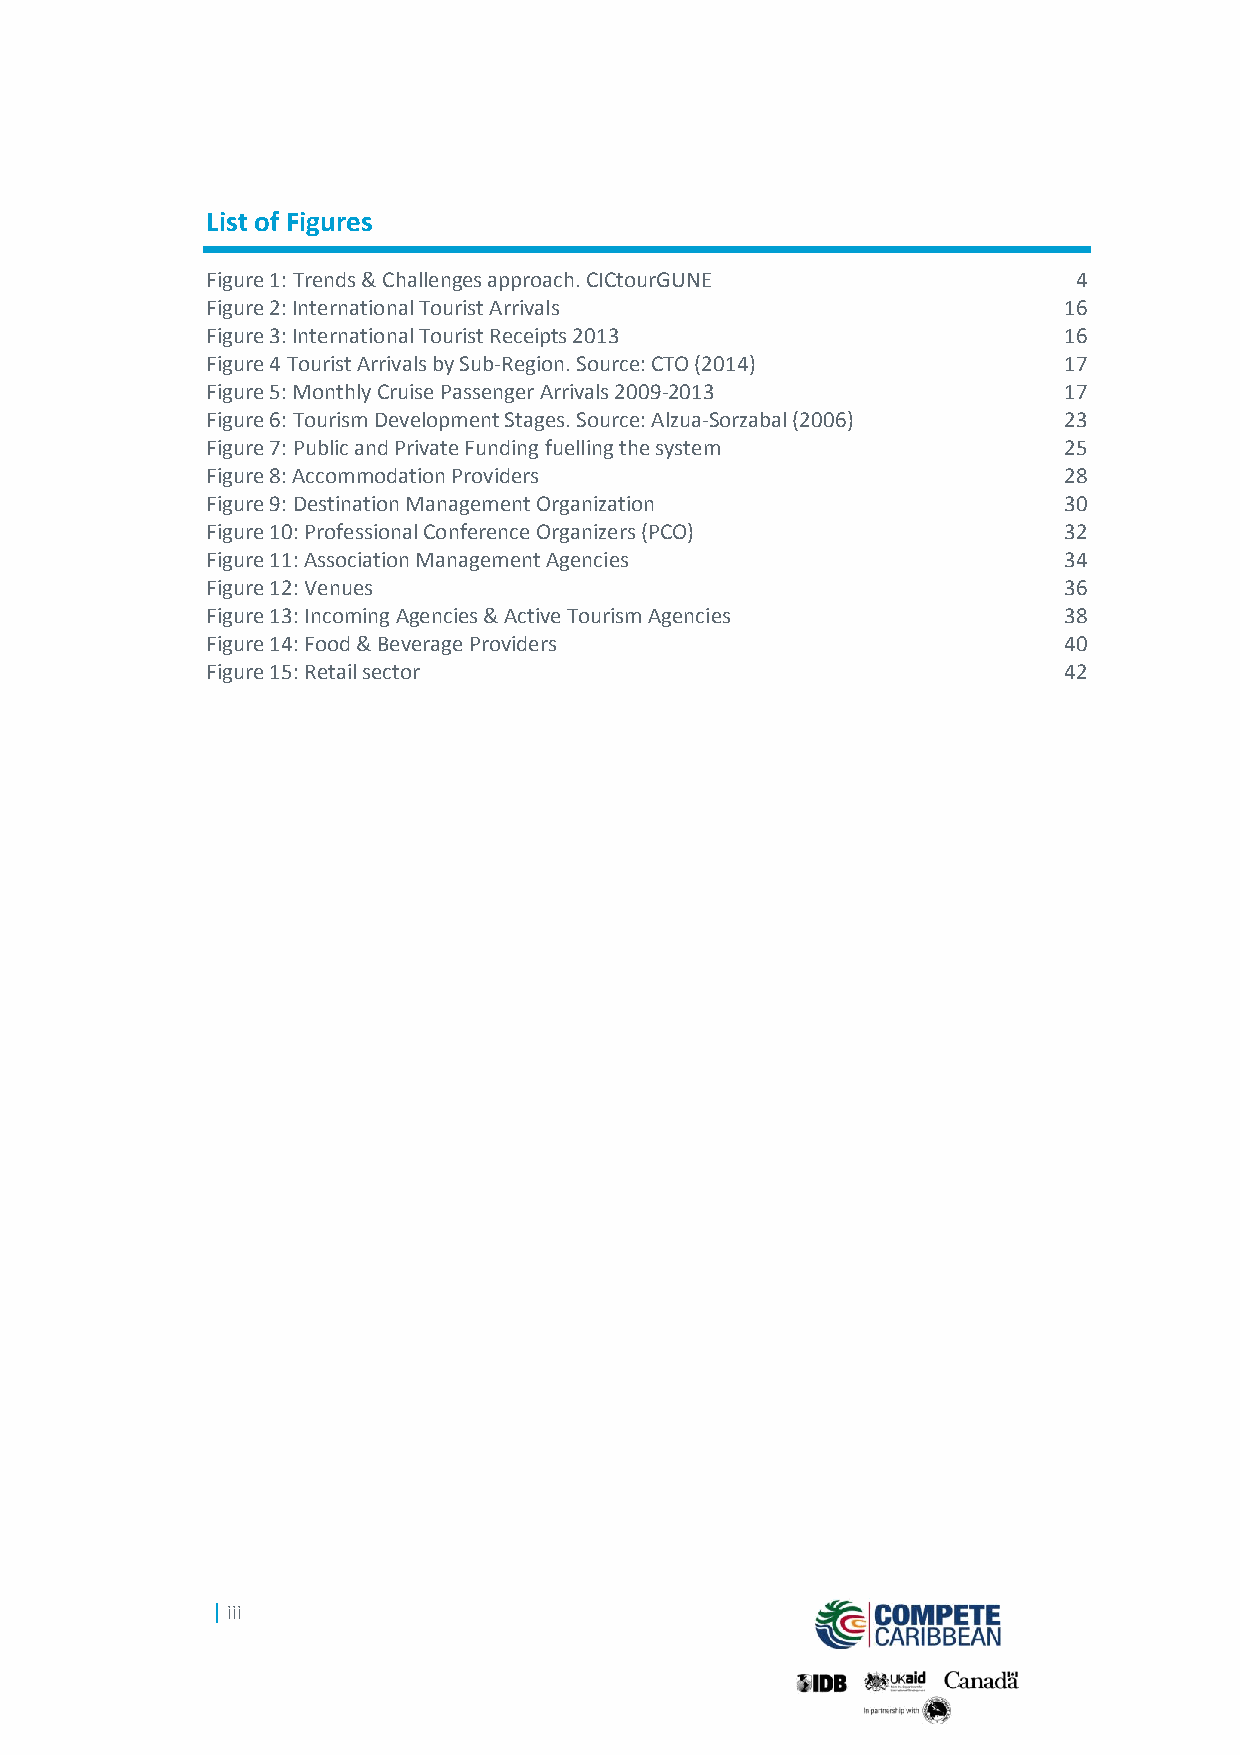
List of Figures
 Figure 1: Trends & Challenges approach. CICtourGUNE      4
 Figure 2: International Tourist Arrivals                16
 Figure 3: International Tourist Receipts 2013           16
 Figure 4 Tourist Arrivals by Sub-Region. Source: CTO (2014) 17
 Figure 5: Monthly Cruise Passenger Arrivals 2009-2013   17
 Figure 6: Tourism Development Stages. Source: Alzua-Sorzabal (2006) 23
 Figure 7: Public and Private Funding fuelling the system 25
 Figure 8: Accommodation Providers                       28
 Figure 9: Destination Management Organization           30
 Figure 10: Professional Conference Organizers (PCO)     32
 Figure 11: Association Management Agencies              34
 Figure 12: Venues                                       36
 Figure 13: Incoming Agencies & Active Tourism Agencies  38
 Figure 14: Food & Beverage Providers                    40
 Figure 15: Retail sector                                42
 | iii